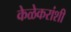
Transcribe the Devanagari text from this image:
केळेकरांशी